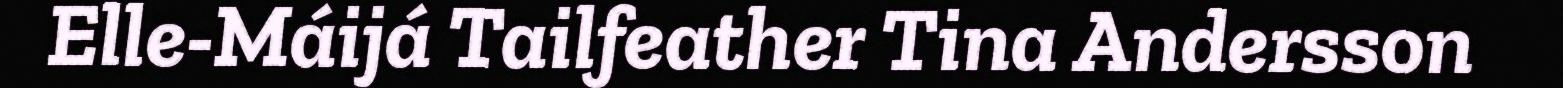
Elle-Máijá Tailfeather Tina Andersson